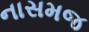
નાસમજ